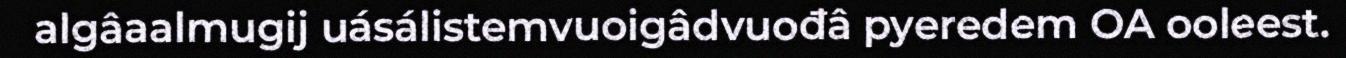
algâaalmugij uásálistemvuoigâdvuođâ pyeredem OA ooleest.